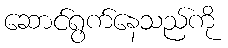
ဆောင်ရွက်နေသည်ကို